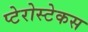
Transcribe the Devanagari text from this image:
प्टेरोस्टेकस